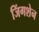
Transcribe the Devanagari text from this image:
जिंगशेन